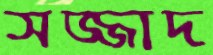
সজ্জাদ